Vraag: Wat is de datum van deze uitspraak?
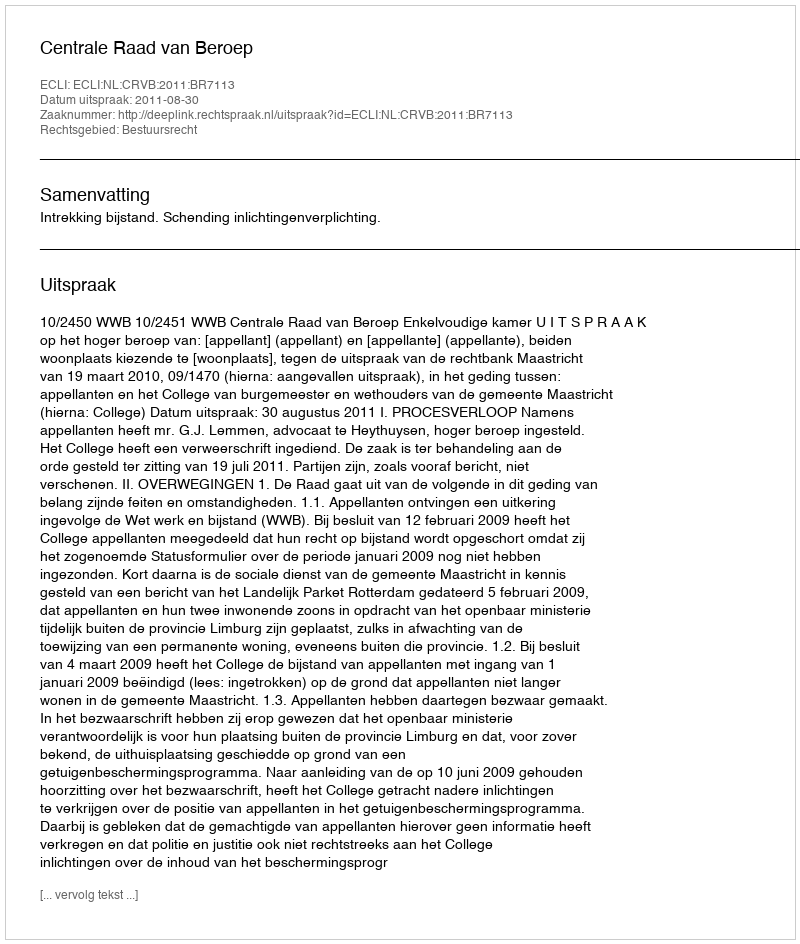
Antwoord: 2011-08-30